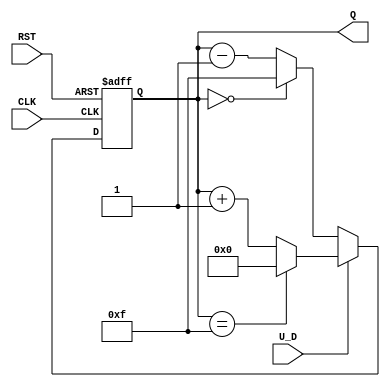
module UpDownCounter (
    input wire CLK,      // Clock signal
    input wire RST,      // Asynchronous reset
    input wire U_D,      // Up/Down control signal
    output reg [3:0] Q   // 4-bit Count output
);

    // Define the maximum count value based on the width of Q
    parameter MAX_COUNT = 4'b1111; // 15 for a 4-bit counter

    // Asynchronous reset and counting logic
    always @(posedge CLK or posedge RST) begin
        if (RST) begin
            Q <= 4'b0000; // Reset the counter to 0
        end else begin
            if (U_D) begin
                // Count Up
                if (Q == MAX_COUNT) begin
                    Q <= 4'b0000; // Wrap around to 0
                end else begin
                    Q <= Q + 1; // Increment the counter
                end
            end else begin
                // Count Down
                if (Q == 4'b0000) begin
                    Q <= MAX_COUNT; // Wrap around to MAX_COUNT
                end else begin
                    Q <= Q - 1; // Decrement the counter
                end
            end
        end
    end

endmodule